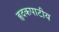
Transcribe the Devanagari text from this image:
हृदकपाटीय